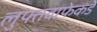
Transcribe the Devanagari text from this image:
लुफ्तवाफेकडे